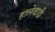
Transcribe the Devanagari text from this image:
हालेवाडी